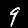
Label: 9